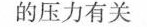
的压力有关